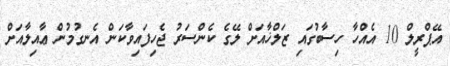
އޭޕްރީލް 10 އެއްހާ ހިސާބުގައި ޒަލްޚާއަށް ލޭގެ ކެންސަރު ޖެހިފައިވާކަން އެނގުމުން ޢާއިލާއަށް